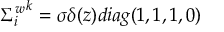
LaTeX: { { \Sigma } _ { i } ^ { w } } ^ { k } = { \sigma } { \delta } ( z ) d i a g ( 1 , 1 , 1 , 0 )